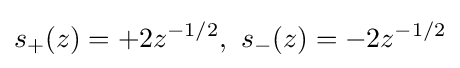
s_{+}(z)=+2z^{-1/2},\ s_{-}(z)=-2z^{-1/2}